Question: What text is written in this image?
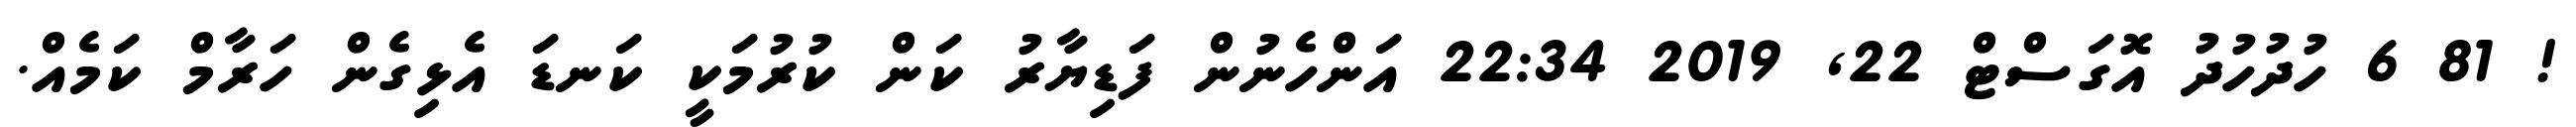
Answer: ! 81 6 ހުދުހުދު އޮގަސްޓް 22, 2019 22:34 އަންހެނުން ފަޑިޔާރު ކަން ކުރުމަކީ ކަނޑަ އެޅިގެން ހަރާމް ކަމެއް.